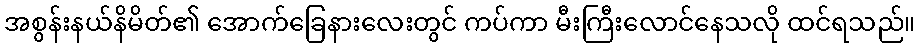
အစွန်းနယ်နိမိတ်၏ အောက်ခြေနားလေးတွင် ကပ်ကာ မီးကြီးလောင်နေသလို ထင်ရသည်။